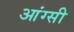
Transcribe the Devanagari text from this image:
आंग्सी